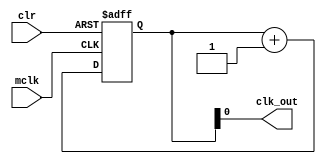
module clkdiv (input wire mclk,
               input wire clr,
               output wire clk_out);
    
    reg[2:0] q = 0;

    
    // 3
    always @(posedge mclk or posedge clr) begin
        if (clr == 1)
            q <= 0;
        else 
            q <= q + 1;
    end
    
    assign clk_out = q[0]; // 25MHz
    
endmodule // clkdiv